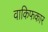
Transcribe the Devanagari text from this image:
वाकिफकार